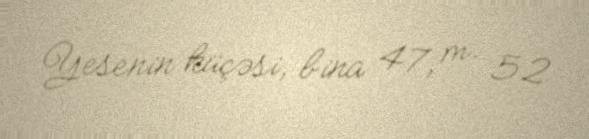
Yesenin küçəsi, bina 47, m. 52